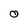
Character: o